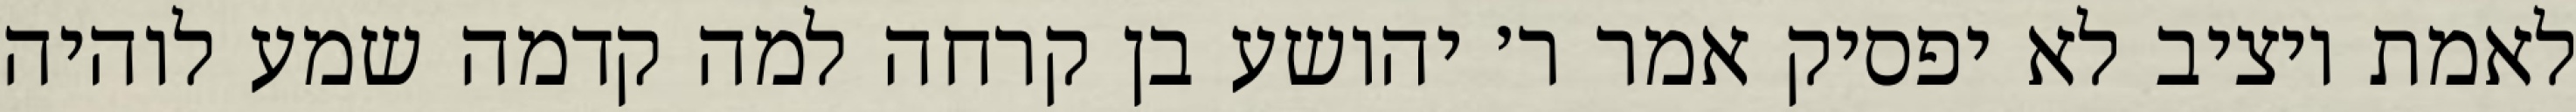
לאמת ויציב לא יפסיק אמר ר׳ יהושע בן קרחה למה קדמה שמע לוהיה